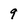
Character: 9